Report on enteric fever
Disease focus: Fever
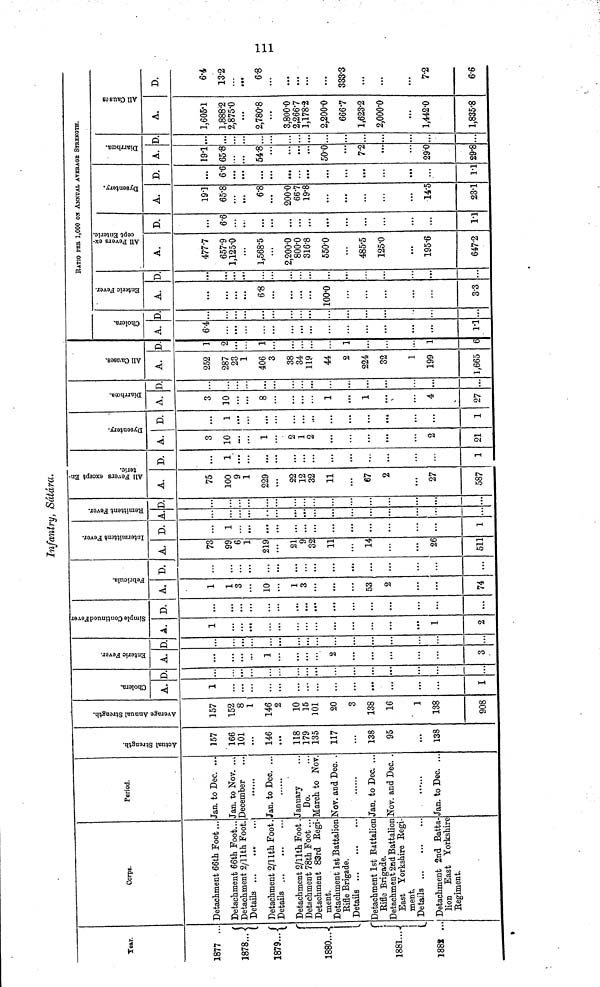
Infantry, Sátára.
Year.
1877 ...
(
1878...
1879...
1880...
1881...
i
1888 ...
Corps.
Detachment 66th Foot...
Detachment 66th Foot...
Detachment 2/11th Foot.
Details
Detachment 2/11th Foot.
Details
Detachment 2/11th Foot.
Detachment 78th Foot...
Detachment 83rd Regi-
ment.
Detachment 1st Battalion
Rifle Brigade.
Details
Detachment 1st Battalion
Rifle Brigade.
Detachment 2nd Battalion
East Yorkshire Regi-
ment.
Details
Detachment 2nd Batta-
lion East Yorkshire
Regiment.
Period.
Jan. to Dec. ...
Jan. to Nov. ...
December
Jan. to Dec. ...
January
Do.
March to Nov.
Nov. and Dec. .
Jan. to Dec. ...
Nov. and Dec. .
Jan. to Dec. ...
Actual Strength
157
166
101
146
...
118
179
135
117
138
95
...
138
Average Annual Strength
157
152
8
1
146
2
10
15
101
20
3
138
16
1
138
908
Cholera
A.
1
I
D.
...
Enteric Fever.
A.
1
2
3
D.
...
...
Simple Continued Fever.
A.
1
1
2
D.
...
Febricula.
A.
1
1
3
10
1
3
53
2
74
D.
...
...
...
Intermittent Fever.
A.
73
99
6
1
219
21
9
32
11
14
26
511
D.
1
...
1
Remittent Fever
A.
...
D.
...
...
All Fevers except Enteric.
A.
75
100
9
1
229
22
12
32
11
67
2
27
587
D.
1
1
Dysentery.
A.
3
10
1
2
1
2
2
21
D.
1
1
Diarrhœa.
A.
3
10
8
1
1
4
27
D.
...
...
All Causes.
A.
252
287
23
1
406
3
38
34
119
44
2
224
32
1
199
1,665
D.
1
2
1
1
1
6
Cholera.
A.
6.4
• »
...
1.1
D
...
...
Entric Fever.
A.
6.8
100.0
3.3
D
...
RATIO PER 1,000 ON ANNUAL AVERAGE STRENGTH.
All Fevers except Enteric.
A.
477.7
657.9
1,125.0
1,568.5
2,200.0
800.0
316.8
550.0
485.5
125.0
195.6
647.2
D.
6.6
...
...
...
1.1
Dysentery.
A.
19.1
65.8
...
6.8
200.0
66.7
19.8
...
14.5
23.1
D.
6.6
...
...
...
1.1
Diarrhoœa.
A.
191
65.8
...
54.8
50.0
7.2
29.0
29.8
D
All Causes.
A.
1,605.1
1,888.2
2,875.0
2,780.8
3,800.0
2,266.7
1,178.2
2,200.0
666.7
1,623.2
2,000.0
1,442.0
1,835.8
D.
6.4
13.2
6.8
...
333.3
...
7.2
6.6